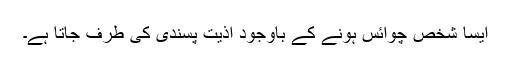
ایسا شخص چوائس ہونے کے باوجود اذیت پسندی کی طرف جاتا ہے۔